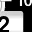
Digit: 2